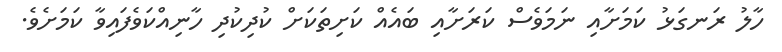
ހާލު ރަނގަޅު ކަމަށާއި ނަމަވެސް ކަރަށާއި ބައެއް ކަށިތަކަށް ކުދިކުދި ހާނިއްކަވެފައިވާ ކަމަށެވެ.